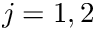
j = 1 , 2